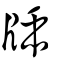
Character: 牐